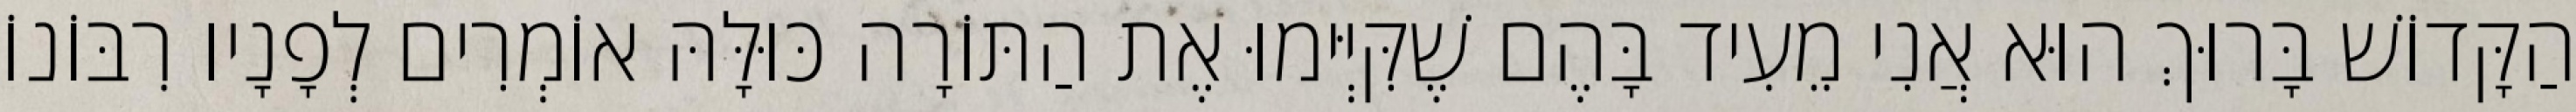
הַקָּדוֹשׁ בָּרוּךְ הוּא אֲנִי מֵעִיד בָּהֶם שֶׁקִּיְּימוּ אֶת הַתּוֹרָה כּוּלָּהּ אוֹמְרִים לְפָנָיו רִבּוֹנוֹ